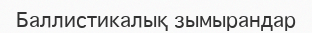
Баллистикалық зымырандар